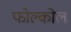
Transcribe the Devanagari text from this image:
फोल्कोल